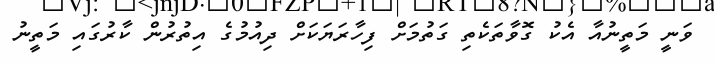
ވަނީ މަތީނުއާ އެކު ގޮވާތަކެތި ގަތުމަށް ފިހާރަޔަކަށް ދިއުމުގެ އިތުރުން ކާރުގައި މަތީނު